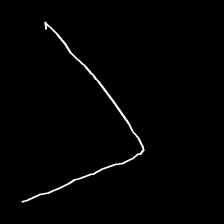
Glyph: region